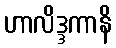
ဟာလိဒ္ဒကာနိ